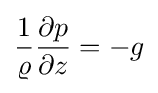
{\frac {1}{\varrho }}{\frac {\partial p}{\partial z}}=-g